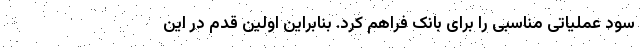
سود عملیاتی مناسبی را برای بانک فراهم کرد. بنابراین اولین قدم در این